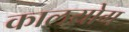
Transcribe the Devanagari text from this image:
कालयोग